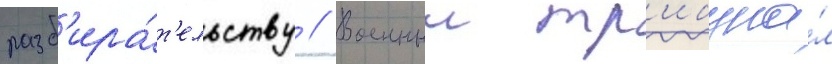
разб'ира́т'ельству // Военныи тр'ибуна́л